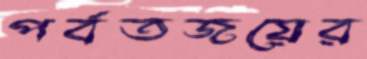
পর্বতজয়ের